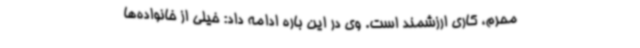
محرم، کاری ارزشمند است. وی در این باره ادامه داد: خیلی از خانواده‌ها